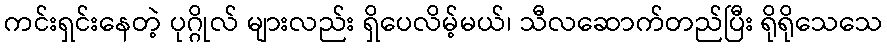
ကင်းရှင်းနေတဲ့ ပုဂ္ဂိုလ် များလည်း ရှိပေလိမ့်မယ်၊ သီလဆောက်တည်ပြီး ရိုရိုသေသေ